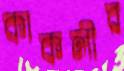
কাকলীর